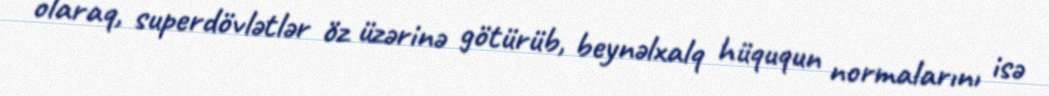
olaraq, superdövlətlər öz üzərinə götürüb, beynəlxalq hüququn normalarını isə